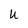
Character: U